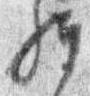
経